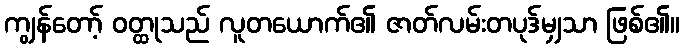
ကျွန်တော့် ဝတ္ထုသည် လူတယောက်၏ ဇာတ်လမ်းတပုဒ်မျှသာ ဖြစ်၏။